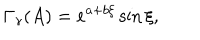
\Gamma _ { \gamma } ( A ) = e ^ { a + b \xi } \sin \xi ,